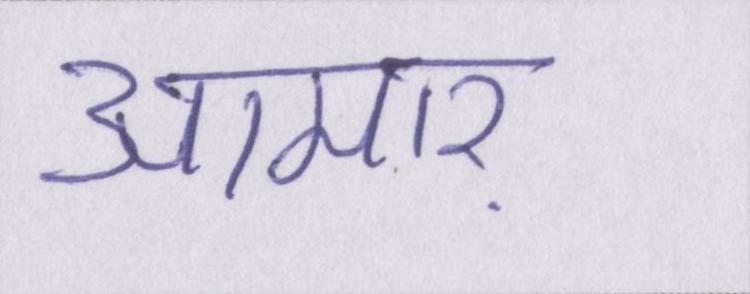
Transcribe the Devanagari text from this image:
आमार